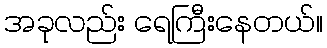
အခုလည်း ရေကြီးနေတယ်။